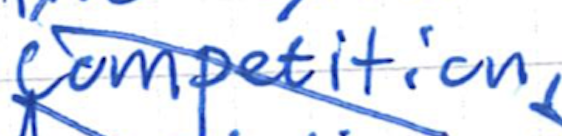
Text: competition,
Cross-out: diagonal
Writing tool: ballpoint